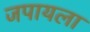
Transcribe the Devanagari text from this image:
जपायला